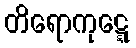
တိရောကုဋ္ဋေ